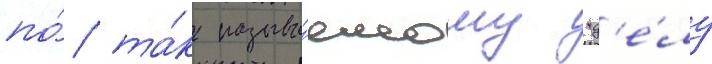
по́ та́к называ́емому "д'е́лу